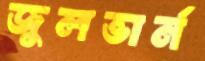
জুলভার্ন